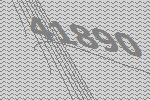
41890